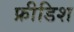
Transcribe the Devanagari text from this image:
फ्रीडिश